Problem: 4 × 12 = ?
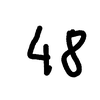
Handwritten answer: 48